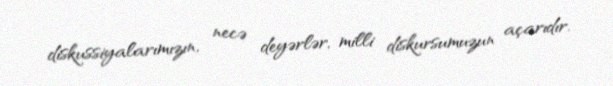
diskussiyalarımızın, necə deyərlər, milli diskursumuzun açarıdır.